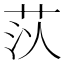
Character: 𦮟